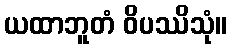
ယထာဘူတံ ဝိပဿိသုံ။